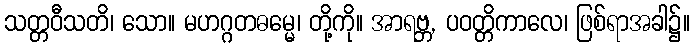
သတ္တဝီသတိ၊ သော။ မဟဂ္ဂတဓမ္မေ၊ တို့ကို။ အာရဗ္ဘ, ပဝတ္တိကာလေ၊ ဖြစ်ရာအခါ၌။